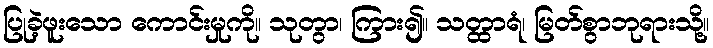
ပြုခဲ့ဖူးသော ကောင်းမှုကို။ သုတွာ၊ ကြား၍။ သတ္ထာရံ၊ မြတ်စွာဘုရားသို့။